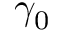
\gamma _ { 0 }